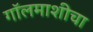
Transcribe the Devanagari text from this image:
गॉलमाशीचा